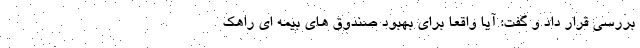
بررسی قرار داد و گفت: آیا واقعا برای بهبود صندوق های بیمه ای راهک